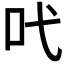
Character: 𠯅